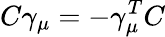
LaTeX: C\gamma_{\mu}=-\gamma_{\mu}^{T}C